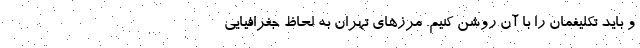
و باید تکلیفمان را با آن روشن کنیم. مرزهای تهران به لحاظ جغرافیایی